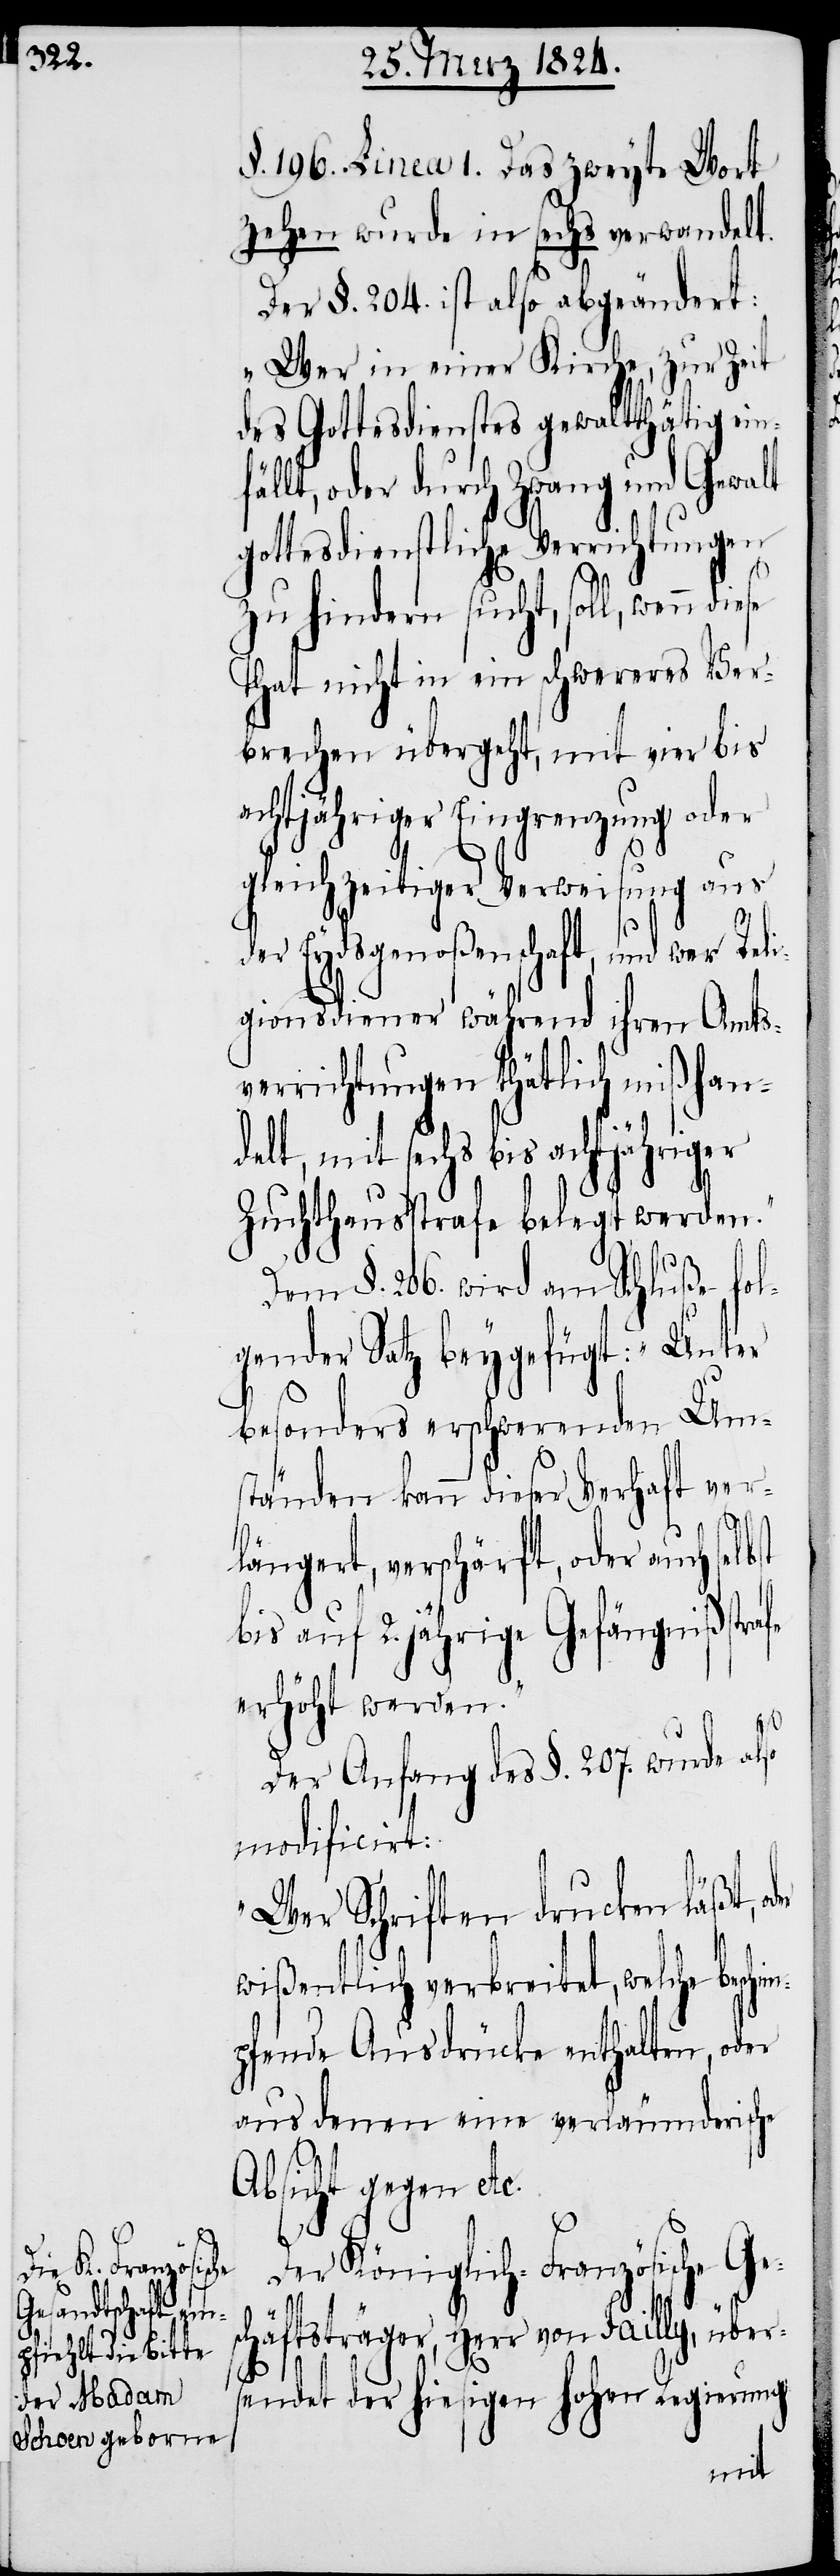
sc¬

§. 196. Linea 1. Das zweyte Wort
zehen wurde in sechs verwandelt.
Der §. 204. ist also abgeändert:
„Wer in einer Kirche, zur Zeit
des Gottesdienstes gewaltthätig ein¬
fällt, oder durch Zwang und Gewalt
gottesdienstliche Verrichtungen
zu hindern sucht, soll, wenn
That nicht in ein schweres Ver¬
brechen übergeht, mit vier bis
achtjähriger Eingrenzung oder
gleichzeitiger Verweisung aus
der Eydsgenoßenschaft, und wer Reli¬
gionsdiener während ihren Amts¬
verrichtungen thätlich mißhan¬
delt, mit sechs bis achtjähriger
Zuchthausstrafe belegt werden.“
Dem §. 206 wird am Schluße fol¬
gender Satz beygefügt: „Unter
besonders erschwerenden Um¬
ständen kann dieser Verhaft ver¬
längert, verschärft, oder auch sel¬
bis auf 2. jährige Gefängnißstrafe
erhöht werden.“
rs¬
Der Anfang des §. 207. wurde also
modificirt:
„Wer Schriften drucken läßt, o¬
wißentlich verbreitet, welche besch¬
pfende Ausdrücke enthalten, oder
aus denen verläumderische
Absicht gegen
Der Königlich-Französische Ge¬
häftsträger, Herr von Failly, übe¬
endet der hiesigen hohen Regierung